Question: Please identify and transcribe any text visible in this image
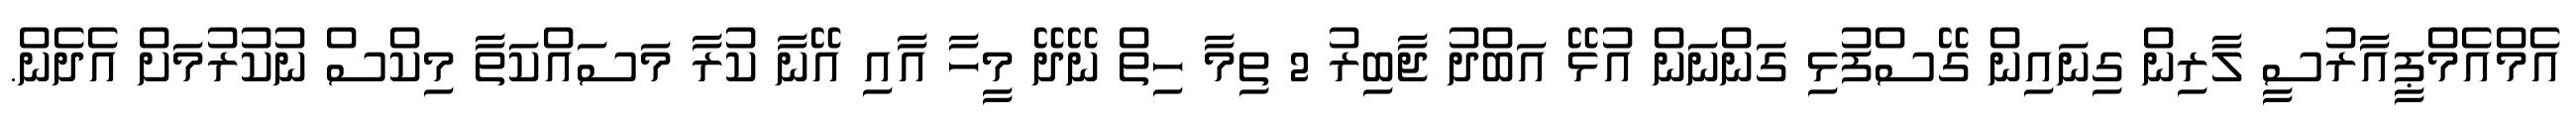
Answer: އެމްއެމްޕީއާރުސީ ލާރިން ގިނައިން ގޭސްފުޅި ގަންނަން އުޅޭ އަބްދު ޖާބިރު 2 ތިމާ ހިތް ނޭދޭ މީހާ އާއި އޭނާ ކުރާ މަސައްކަތާ މިކްސް ނުކުރުމަށް އެދެން.